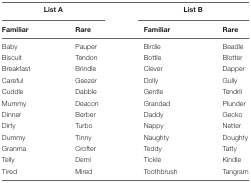
<table><thead><tr><td colspan="2"><b>List A</b></td><td colspan="2"><b>List B</b></td></tr><tr><td><b>Familiar</b></td><td><b>Rare</b></td><td><b>Familiar</b></td><td><b>Rare</b></td></tr></thead><tbody><tr><td>Baby</td><td>Pauper</td><td>Birdie</td><td>Beadle</td></tr><tr><td>Biscuit</td><td>Tendon</td><td>Bottle</td><td>Blotter</td></tr><tr><td>Breakfast</td><td>Brindle</td><td>Clever</td><td>Dapper</td></tr><tr><td>Careful</td><td>Geezer</td><td>Dolly</td><td>Gully</td></tr><tr><td>Cuddle</td><td>Dabble</td><td>Gentle</td><td>Tendril</td></tr><tr><td>Mummy</td><td>Deacon</td><td>Grandad</td><td>Plunder</td></tr><tr><td>Dinner</td><td>Berber</td><td>Daddy</td><td>Gecko</td></tr><tr><td>Dirty</td><td>Turbo</td><td>Nappy</td><td>Netter</td></tr><tr><td>Dummy</td><td>Tinny</td><td>Naughty</td><td>Doughty</td></tr><tr><td>Granma</td><td>Crofter</td><td>Teddy</td><td>Tatty</td></tr><tr><td>Telly</td><td>Demi</td><td>Tickle</td><td>Kindle</td></tr><tr><td>Tired</td><td>Mired</td><td>Toothbrush</td><td>Tangram</td></tr></tbody></table>